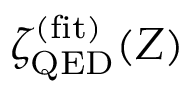
\zeta _ { \mathrm { Q E D } } ^ { \mathrm { ( f i t ) } } ( Z )